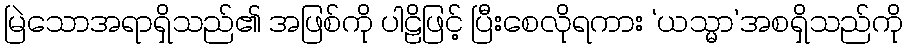
မြဲသောအရာရှိသည်၏ အဖြစ်ကို ပါဠိဖြင့် ပြီးစေလိုရကား ‘ယသ္မာ’အစရှိသည်ကို